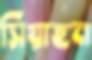
সিয়াহন